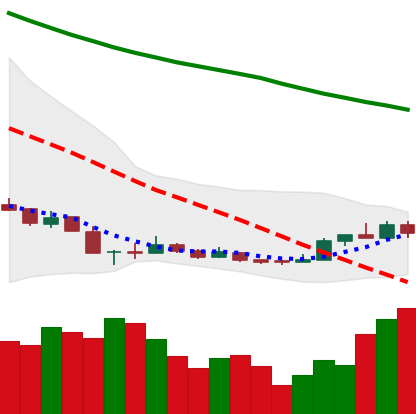
Ticker: NEO-USD
Chart end date: 2018-12-21
Forward return: 13.699%
Label: up_7plus